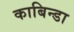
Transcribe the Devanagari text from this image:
काबिन्डा